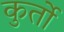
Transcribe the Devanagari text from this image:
कुर्तो